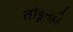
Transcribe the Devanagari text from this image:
तोडूनही